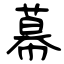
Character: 幕